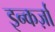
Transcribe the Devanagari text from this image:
इन्कर्ज़ा